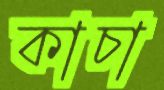
কাচা